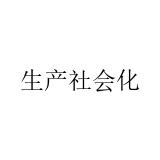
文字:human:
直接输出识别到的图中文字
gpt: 生产社会化